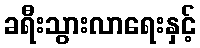
ခရီးသွားလာရေးနှင့်